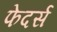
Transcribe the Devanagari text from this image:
फेदर्स